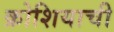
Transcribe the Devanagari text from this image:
क्रोशियाची